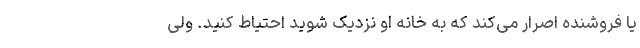
یا فروشنده اصرار می‌کند که به خانه او نزدیک شوید احتیاط کنید. ولی